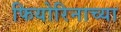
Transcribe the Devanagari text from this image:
फियोरिनाच्या